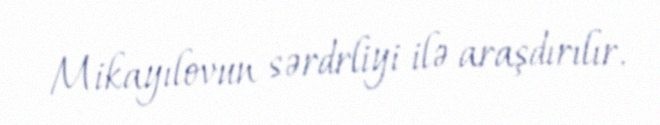
Mikayılovun sərdrliyi ilə araşdırılır.